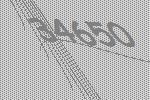
34650